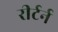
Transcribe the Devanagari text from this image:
रीर्टर्न